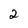
Character: 2